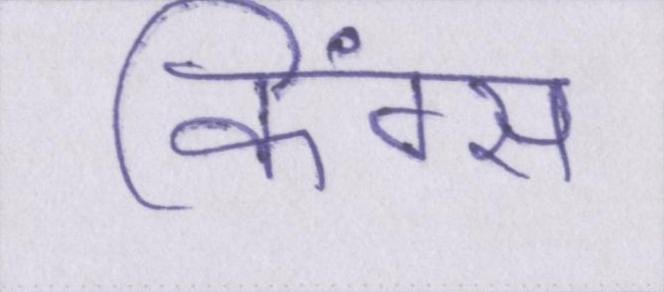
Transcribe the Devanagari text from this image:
किंग्स